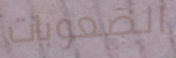
الصعوبات